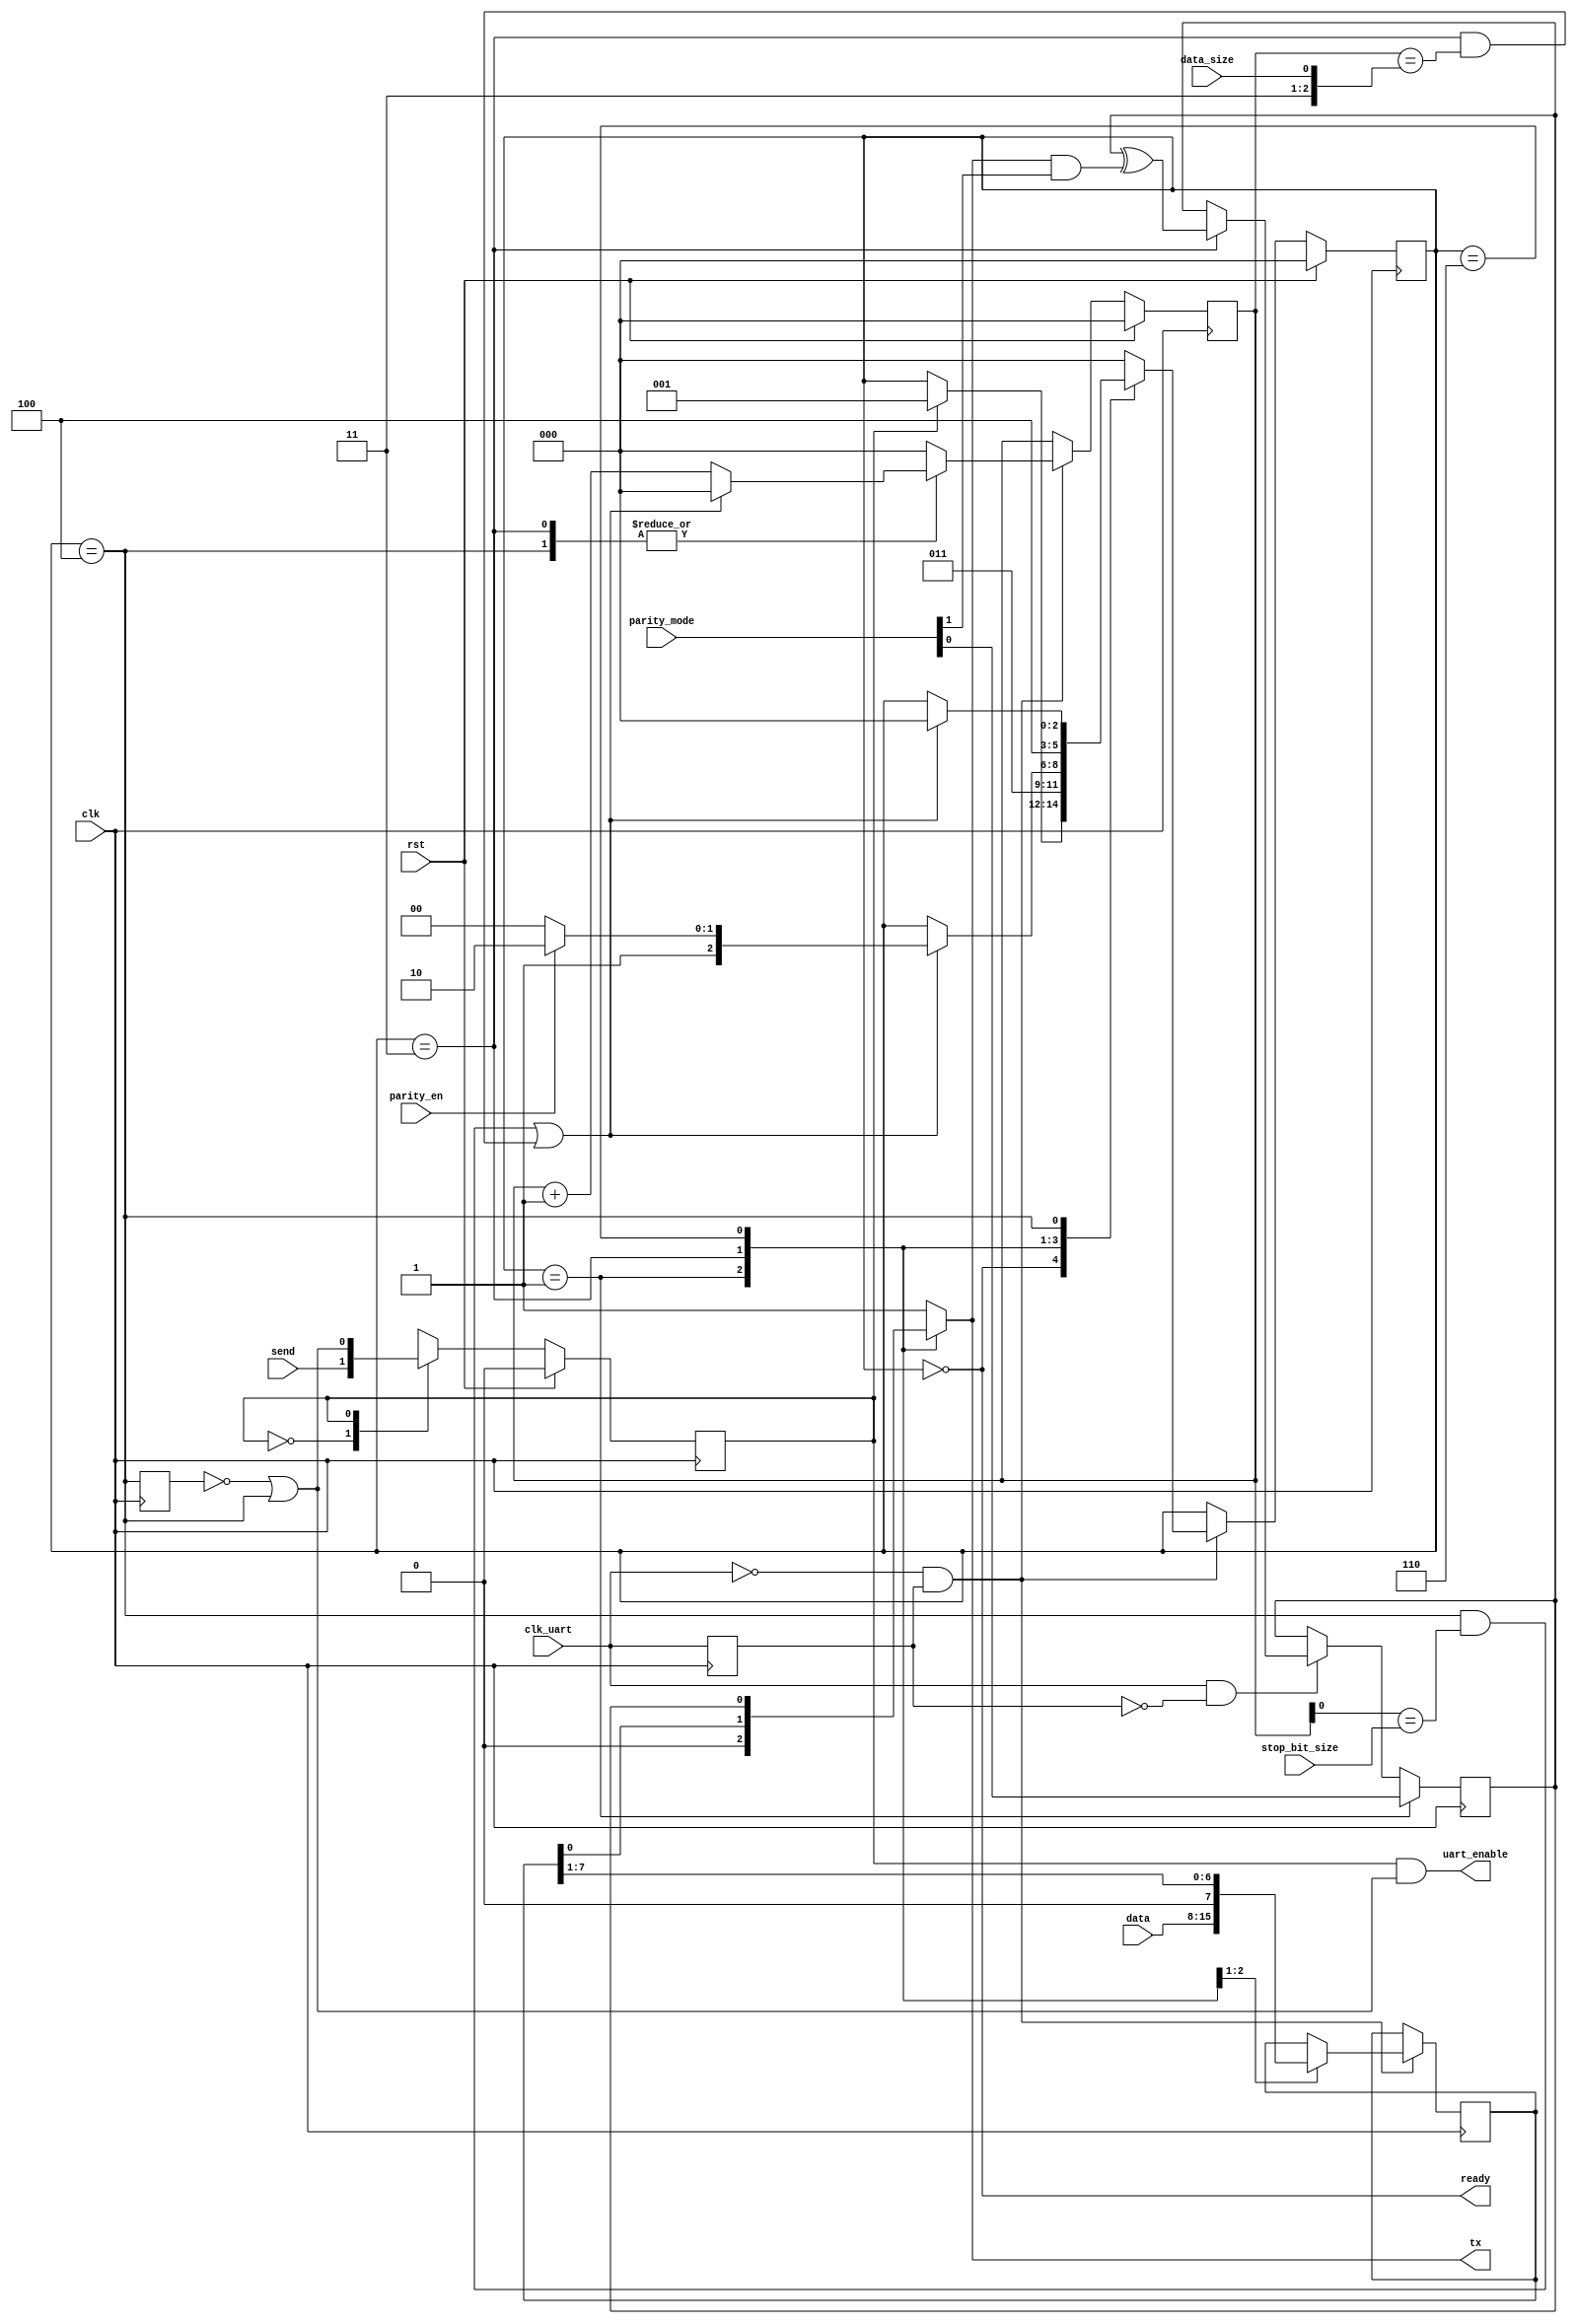
`timescale 1 ns / 1 ps
/* ------------------------------------------------ *
 * Title       : UART Tx                            *
 * Project     : Simple UART                        *
 * ------------------------------------------------ *
 * Last Edit   : 21/10/2021                         *
 * ------------------------------------------------ *
 * Description : UART Tx for simulation             *
 * ------------------------------------------------ */

module uart_tx(
  input clk,
  input rst,
  //UART transmit
  output reg tx,
  //Uart clock connection
  input clk_uart,
  output uart_enable,
  //Config signals
  input data_size, //0: 7bit; 1: 8bit
  input parity_en,
  input [1:0] parity_mode, //11: odd; 10: even, 01: mark(1), 00: space(0)
  input stop_bit_size, //0: 1bit; 1: 2bit
  //Data interface
  input [7:0] data,
  output ready,
  input send);
  localparam READY = 3'b000,
             START = 3'b001,
              DATA = 3'b011,
            PARITY = 3'b110,
               END = 3'b100;
  reg [2:0] counter;
  reg [2:0] state;
  reg [7:0] data_buff;
  reg en, parity_calc, in_End_d;

  //Decode states
  wire in_Ready = (state == READY);
  wire in_Start = (state == START);
  wire in_Data = (state == DATA);
  wire in_Parity = (state == PARITY);
  wire in_End = (state == END);
  assign ready = in_Ready;

  //Detect edge of uart clk
  reg clk_uart_d;
  always@(posedge clk) begin
    clk_uart_d <= clk_uart;
  end
  wire clk_uart_negedge = ~clk_uart & clk_uart_d ;
  wire clk_uart_posedge = clk_uart & ~clk_uart_d ;

  wire countDONE = (in_End & (counter[0] == stop_bit_size)) | (in_Data & (counter == {2'b11, data_size}));
  assign uart_enable = en & (~in_End_d | in_End);

  //Internal enable signal
  always@(posedge clk) begin
    if(rst) begin
      en <= 1'd0;
    end else case(en)
      1'b0: en <= send;
      1'b1: en <= ~in_End_d | in_End; //only high on negative edge
    endcase
  end

  //State transactions
  always@(posedge clk) begin
    if(rst) begin
      state <= READY;
    end else if(clk_uart_negedge) case(state)
      READY: state <= (en) ? START : state;
      START: state <= DATA;
      DATA: state <= (countDONE) ? ((parity_en) ? PARITY : END) : state;
      PARITY: state <= END;
      END: state <= (countDONE) ? READY : state;
      default: state <= READY;
    endcase
  end

  //delay in_End
  always@(posedge clk) in_End_d <= in_End;

  //Counter
  always@(posedge clk) begin
    if(rst) begin
      counter <= 3'd0;
    end else if(clk_uart_negedge) case(state)
      DATA: counter <= (countDONE) ? 3'd0 : (counter + 3'd1);
      END: counter <= (countDONE) ? 3'd0 : (counter + 3'd1);
      default: counter <= 3'd0;
    endcase
  end

  //handle data_buff
  always@(posedge clk) begin
    if(clk_uart_negedge)
      case(state)
        START: data_buff <= data;
        DATA: data_buff <= (data_buff >> 1);
        default: data_buff <= data_buff;
      endcase
  end

  //tx routing
  always@* begin
    case(state)
      START: tx = 1'b0;
      DATA: tx = data_buff[0];
      PARITY: tx = parity_calc;
      default: tx = 1'b1;
    endcase
  end

  //Parity calc
  always@(posedge clk) begin
    if(in_Start) begin //reset
      parity_calc <= parity_mode[0];
    end else if(clk_uart_posedge) begin
      parity_calc <= (in_Data) ? (parity_calc ^ (tx & parity_mode[1])) : parity_calc;
    end
  end
endmodule//uart_tx